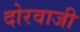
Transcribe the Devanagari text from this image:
दोरवाजी